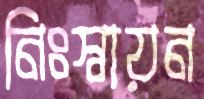
নিঃস্বায়ন